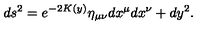
d s ^ { 2 } = e ^ { - 2 K ( y ) } \eta _ { \mu \nu } d x ^ { \mu } d x ^ { \nu } + d y ^ { 2 } .